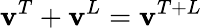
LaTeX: \textbf{v}^{T}+\textbf{v}^{L}=\textbf{v}^{T+L}